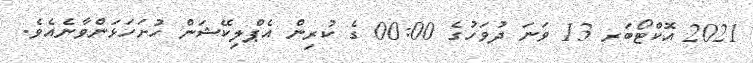
2021 އޮކްޓޯބަރ 13 ވަނަ ދުވަހުގެ 00:00 ގެ ކުރިން އެޕްލިކޭޝަން ހުށަހަޅަންވާނެއެވެ.